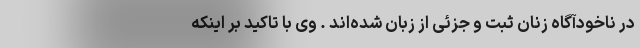
در ناخودآگاه زنان ثبت و جزئی از زبان شده‌اند . وی با تاکید بر اینکه